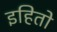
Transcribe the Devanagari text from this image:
इहितो